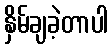
နှိမ်ချခဲ့တာပါ